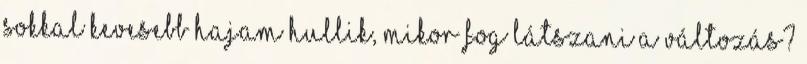
Sokkal kevesebb hajam hullik, mikor fog látszani a változás?